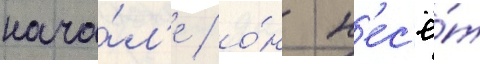
нача́л'е / о́н н'ес'ё́т